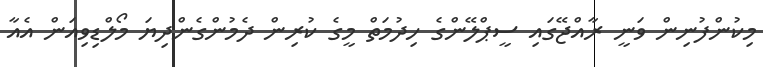
މިކުންފުނިން ވަނީ ރާއްޖޭގައި ސީޕްލޭންގެ ހިދުމަތް މީގެ ކުރިން ދެމުންގެންދިޔަ މޯލްޑިވިއަން އެއާ